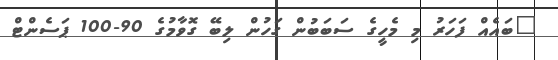
"ބައެއް ފަހަރު މި މެހީގެ ސަބަބުން ގަހުން ލިބޭ ގޮވާމުގެ 90-100 ޕަސެންޓް